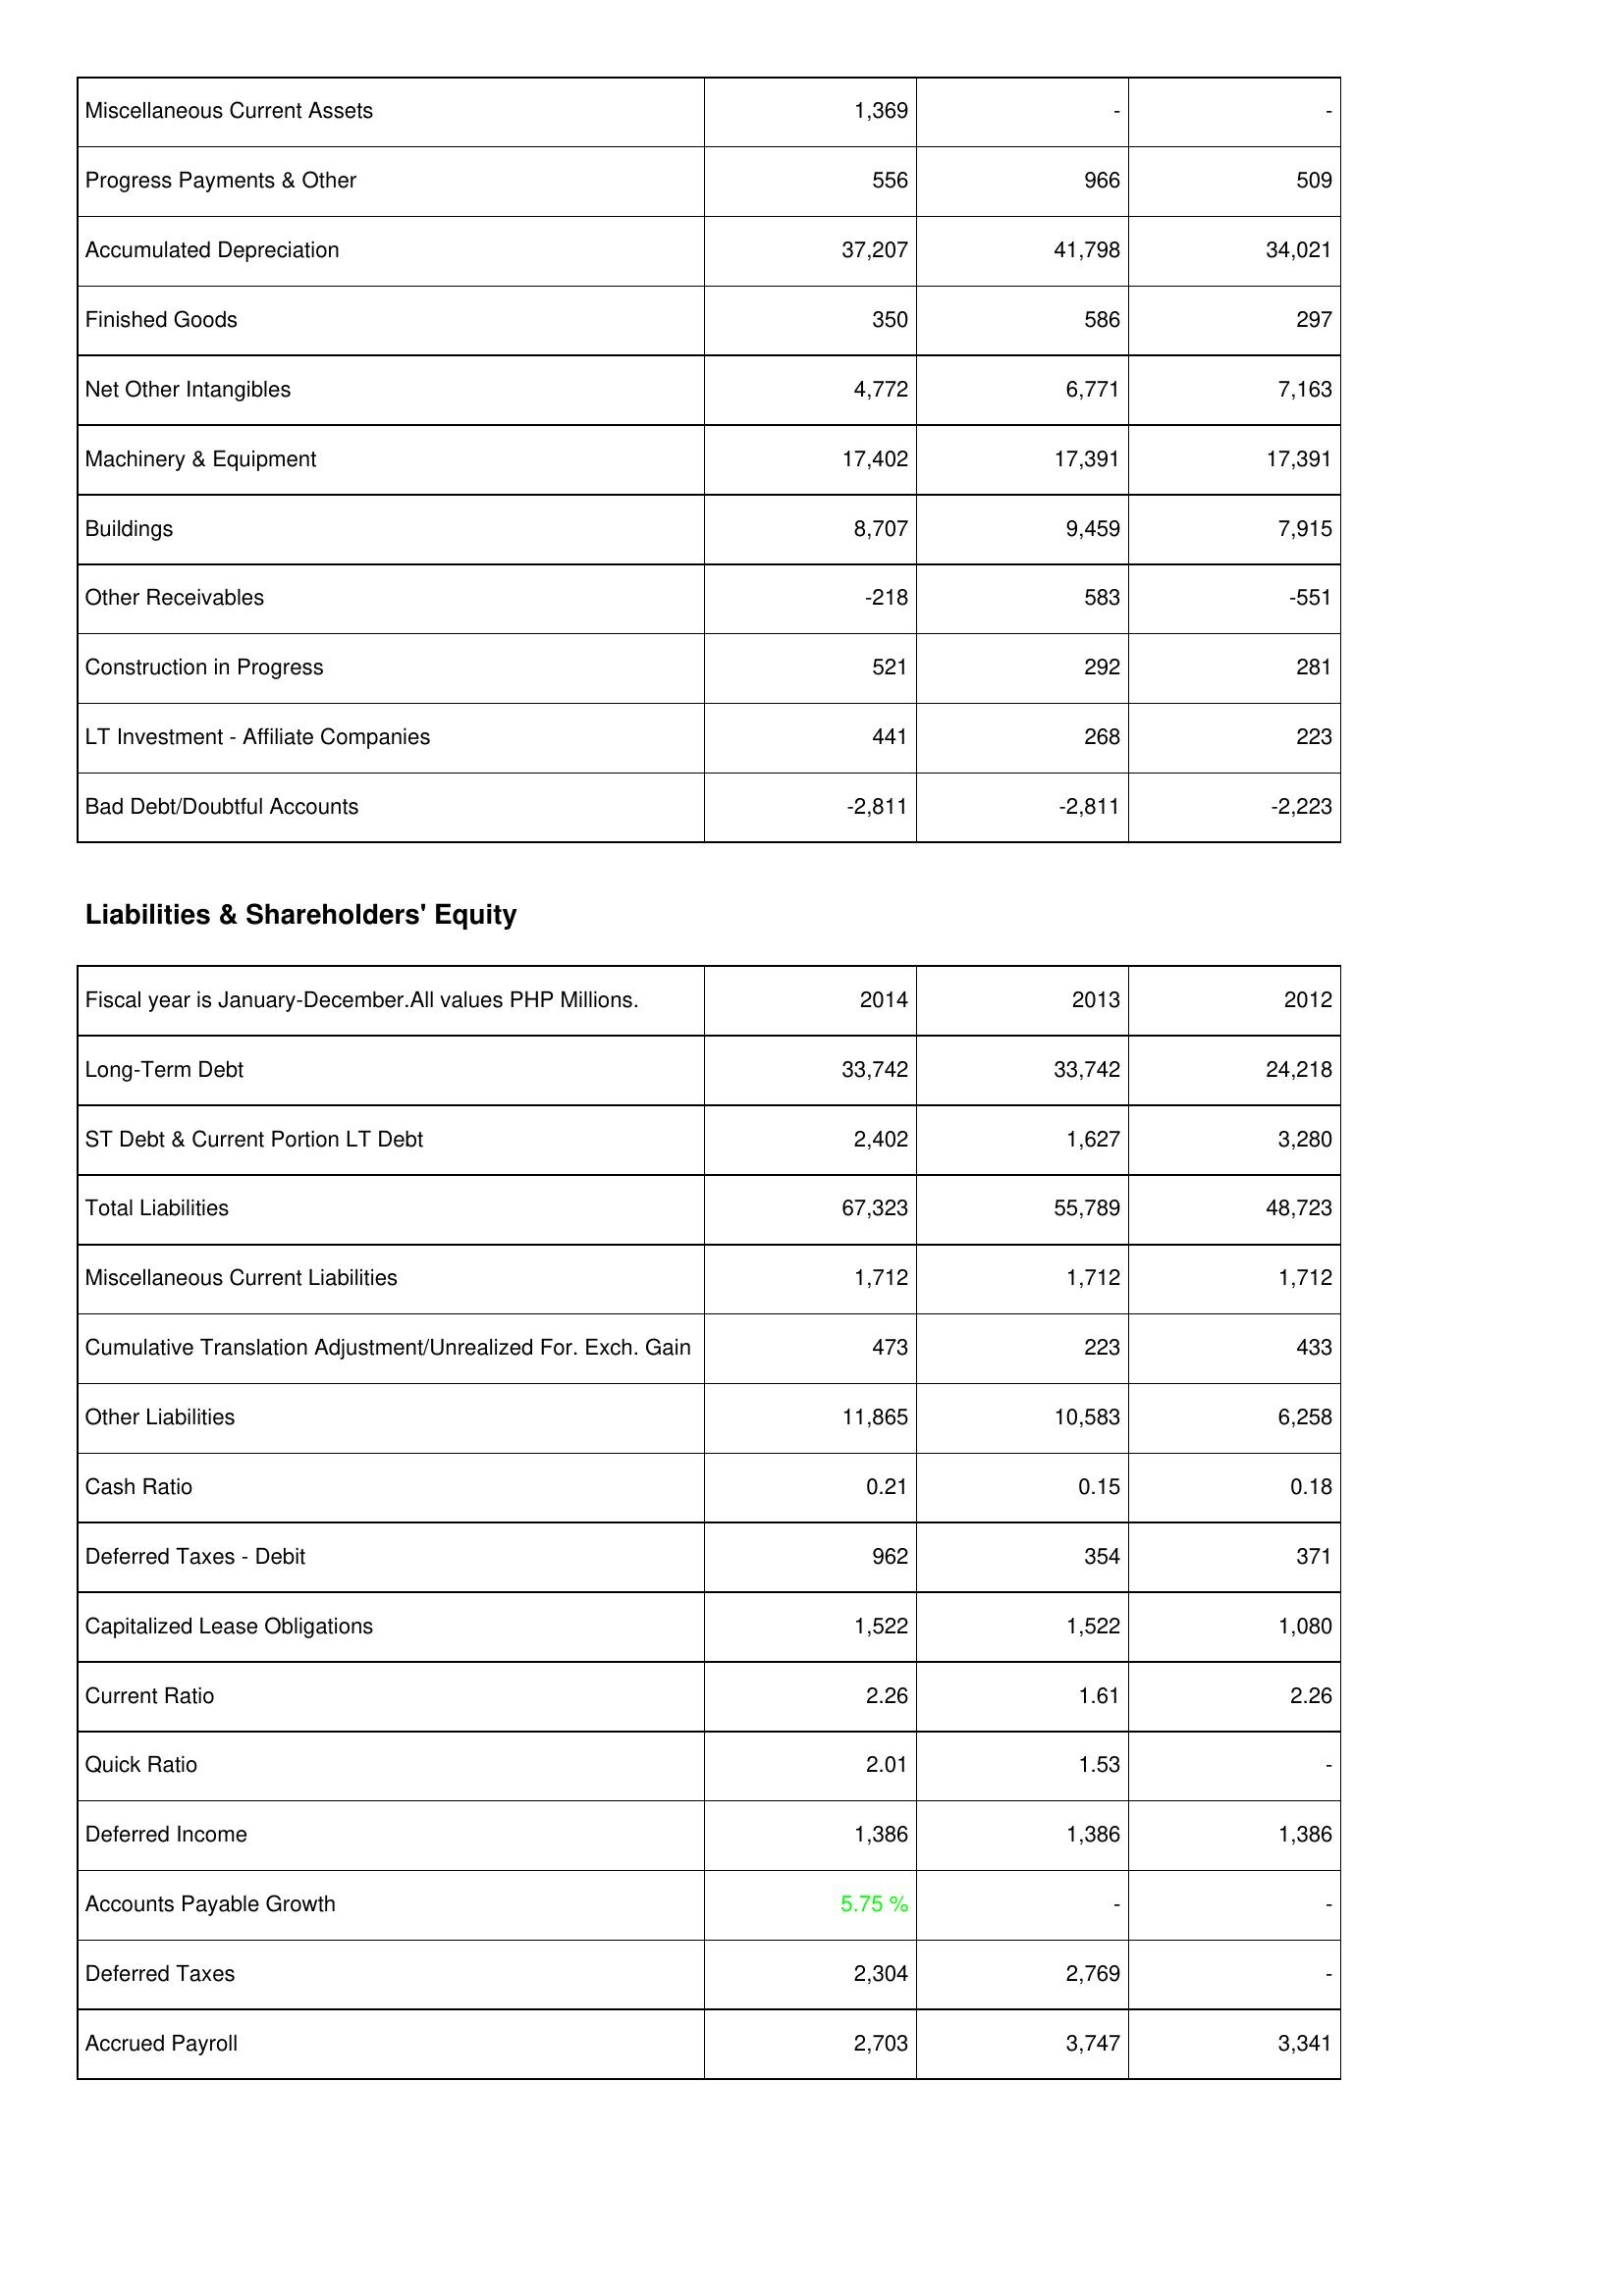
2014: Assets: Miscellaneous Current Assets: 1,369
Progress Payments & Other: 556
Accumulated Depreciation: 37,207
Finished Goods: 350
Net Other Intangibles: 4,772
Machinery & Equipment: 17,402
Buildings: 8,707
Other Receivables: -218
Construction in Progress: 521
LT Investment - Affiliate Companies: 441
Bad Debt/Doubtful Accounts: -2,811
Liabilities & Shareholders' Equity: Long-Term Debt: 33,742
ST Debt & Current Portion LT Debt: 2,402
Total Liabilities: 67,323
Miscellaneous Current Liabilities: 1,712
Cumulative Translation Adjustment/Unrealized For. Exch. Gain: 473
Other Liabilities: 11,865
Cash Ratio: 0.21
Deferred Taxes - Debit: 962
Capitalized Lease Obligations: 1,522
Current Ratio: 2.26
Quick Ratio: 2.01
Deferred Income: 1,386
Accounts Payable Growth: 5.75 %
Deferred Taxes: 2,304
Accrued Payroll: 2,703
2013: Assets: Miscellaneous Current Assets: -
Progress Payments & Other: 966
Accumulated Depreciation: 41,798
Finished Goods: 586
Net Other Intangibles: 6,771
Machinery & Equipment: 17,391
Buildings: 9,459
Other Receivables: 583
Construction in Progress: 292
LT Investment - Affiliate Companies: 268
Bad Debt/Doubtful Accounts: -2,811
Liabilities & Shareholders' Equity: Long-Term Debt: 33,742
ST Debt & Current Portion LT Debt: 1,627
Total Liabilities: 55,789
Miscellaneous Current Liabilities: 1,712
Cumulative Translation Adjustment/Unrealized For. Exch. Gain: 223
Other Liabilities: 10,583
Cash Ratio: 0.15
Deferred Taxes - Debit: 354
Capitalized Lease Obligations: 1,522
Current Ratio: 1.61
Quick Ratio: 1.53
Deferred Income: 1,386
Accounts Payable Growth: -
Deferred Taxes: 2,769
Accrued Payroll: 3,747
2012: Assets: Miscellaneous Current Assets: -
Progress Payments & Other: 509
Accumulated Depreciation: 34,021
Finished Goods: 297
Net Other Intangibles: 7,163
Machinery & Equipment: 17,391
Buildings: 7,915
Other Receivables: -551
Construction in Progress: 281
LT Investment - Affiliate Companies: 223
Bad Debt/Doubtful Accounts: -2,223
Liabilities & Shareholders' Equity: Long-Term Debt: 24,218
ST Debt & Current Portion LT Debt: 3,280
Total Liabilities: 48,723
Miscellaneous Current Liabilities: 1,712
Cumulative Translation Adjustment/Unrealized For. Exch. Gain: 433
Other Liabilities: 6,258
Cash Ratio: 0.18
Deferred Taxes - Debit: 371
Capitalized Lease Obligations: 1,080
Current Ratio: 2.26
Quick Ratio: -
Deferred Income: 1,386
Accounts Payable Growth: -
Deferred Taxes: -
Accrued Payroll: 3,341